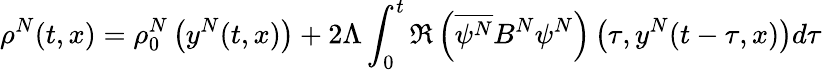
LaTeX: \rho^{N}(t,x)=\rho_{0}^{N}\left(y^{N}(t,x)\right)+2\Lambda\int_{0}^{t}\Re\left(\overline{{\psi^{N}}}B^{N}\psi^{N}\right)\left(\tau,y^{N}(t-\tau,x)\right)d\tau